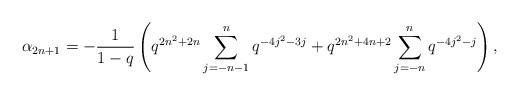
\begin{align*} \alpha_{2n+1} = -\frac{1}{1-q}\left(q^{2n^2+2n}\sum_{j=-n-1}^{n}q^{-4j^2-3j} + q^{2n^2+4n+2}\sum_{j=-n}^{n}q^{-4j^2-j}\right),\end{align*}